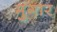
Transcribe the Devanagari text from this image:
मुगार